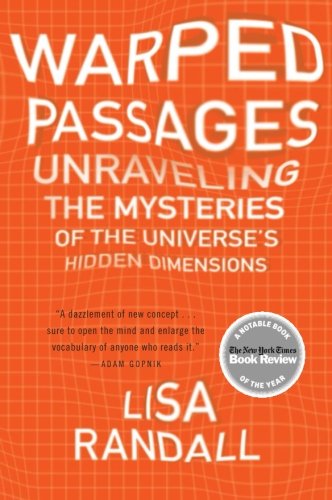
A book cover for Warped Passages: Unraveling the Mysteries of the Universe's Hidden Dimensions; Lisa Randall; Science & Math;